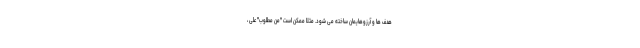
هدف ها و آرزوهایمان ساخته می شود. مثلا ممکن است "منِ مطلوب" علی ،